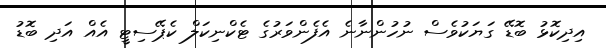
އިދިކޮޅު ބޮޑޭ ގަޔަކުވެސް ނުހުންނާނެ އެފެންވަރުގެ ޓެކްނިކަލް ކެޕޭސިޓީ އެއް އަދި ބޮޑު